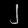
Digit: ၂